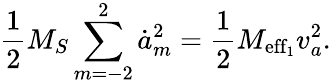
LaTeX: \frac 12{M_{S}}\sum_{m=-2}^{2}\dot{a}_{m}^{2}=\frac 12M_{\mathrm{eff_{1}}}v_{a}^{2}.